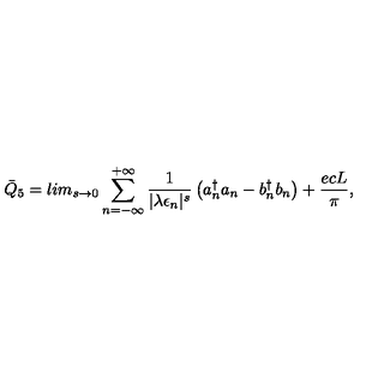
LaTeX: { \bar { Q } } _ { 5 } = l i m _ { s \rightarrow 0 } \sum _ { n = - \infty } ^ { + \infty } \frac { 1 } { | \lambda \epsilon _ { n } | ^ { s } } \left( { a } _ { n } ^ { \dagger } { a } _ { n } - { b } _ { n } ^ { \dagger } { b } _ { n } \right) + \frac { e c L } { \pi } ,